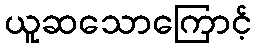
ယူဆသောကြောင့်